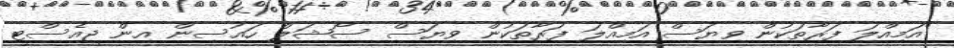
"އަމިއްލަ ފަރާތަކުން ވިޔަސް އަމިއްލަ ފަރާތަކުން ވިޔަސް ސޯޝަލް ހައުސިން އިން ޖީއެސްޓީ